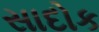
સાદોક